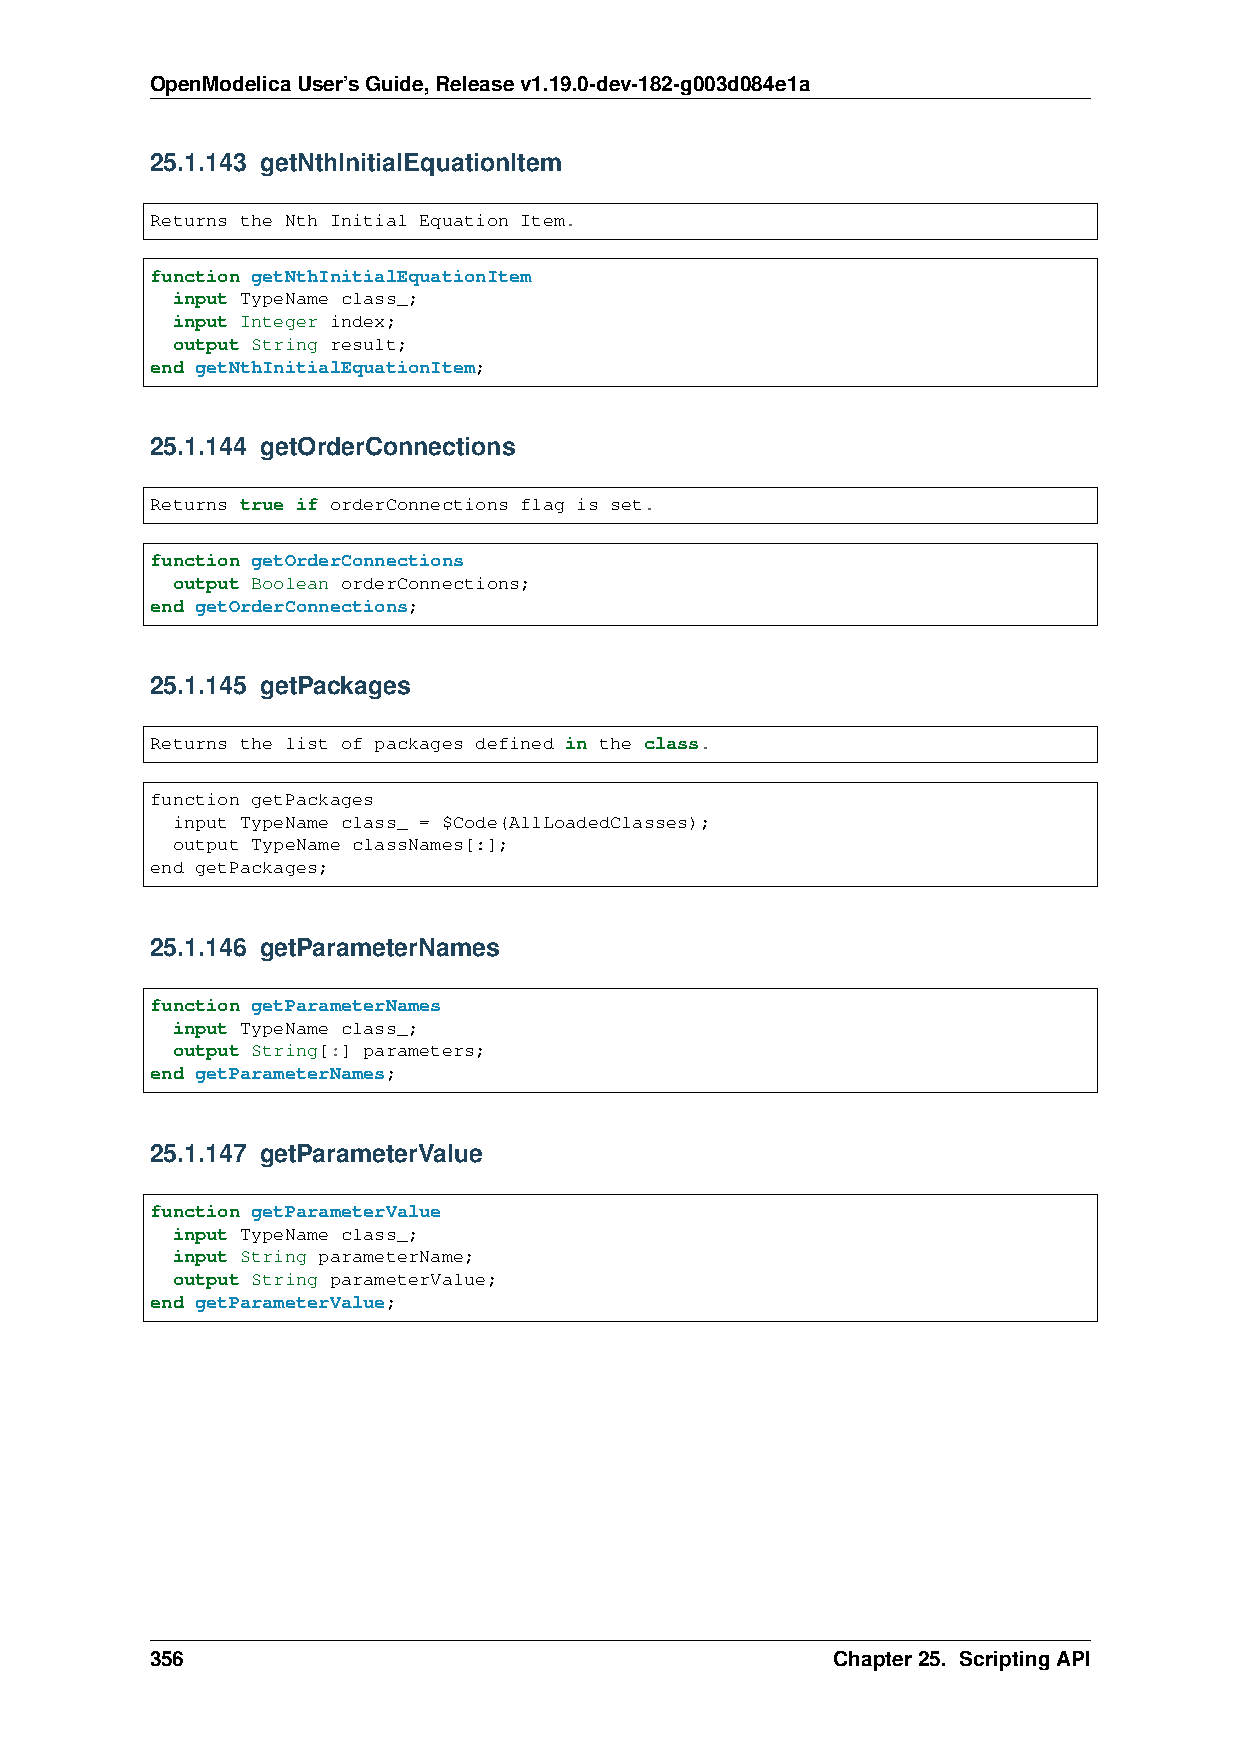
OpenModelicaUser’sGuide,Releasev1.19.0-dev-182-g003d084e1a
 25.1.143 getNthInitialEquationItem
 Returns the Nth Initial Equation Item.
 function getNthInitialEquationItem
 input TypeName class_;
 input Integer index;
 output String result;
 end getNthInitialEquationItem;
 25.1.144 getOrderConnections
 Returns true if orderConnections flag is set.
 function getOrderConnections
 output Boolean orderConnections;
 end getOrderConnections;
 25.1.145 getPackages
 Returns the list of packages defined in the class.
 function getPackages
 input TypeName class_ = $Code(AllLoadedClasses);
 output TypeName classNames[:];
 end getPackages;
 25.1.146 getParameterNames
 function getParameterNames
 input TypeName class_;
 output String[:] parameters;
 end getParameterNames;
 25.1.147 getParameterValue
 function getParameterValue
 input TypeName class_;
 input String parameterName;
 output String parameterValue;
 end getParameterValue;
 356                                          Chapter25. ScriptingAPI